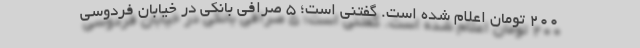
۲۰۰ تومان اعلام شده است. گفتنی است؛ ۵ صرافی بانکی در خیابان فردوسی